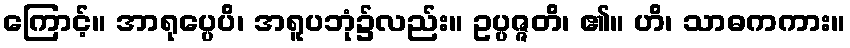
ကြောင့်။ အာရုပ္ပေပိ၊ အရူပဘုံ၌လည်း။ ဥပ္ပဇ္ဇတိ၊ ၏။ ဟိ၊ သာဓကကား။